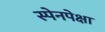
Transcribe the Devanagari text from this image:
स्पेनपेक्षा